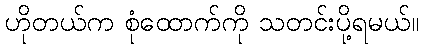
ဟိုတယ်က စုံထောက်ကို သတင်းပို့ရမယ်။